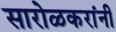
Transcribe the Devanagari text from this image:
सारोळकरांनी